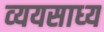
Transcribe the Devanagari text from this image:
व्‍ययसाध्‍य